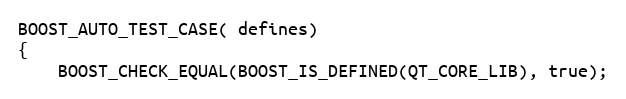
Language: C++
BOOST_AUTO_TEST_CASE( defines)
{
    BOOST_CHECK_EQUAL(BOOST_IS_DEFINED(QT_CORE_LIB), true);